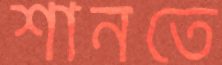
শানতে